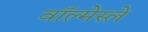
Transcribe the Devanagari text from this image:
वॉल्मेस्ले